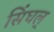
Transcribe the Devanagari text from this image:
सिंघल्